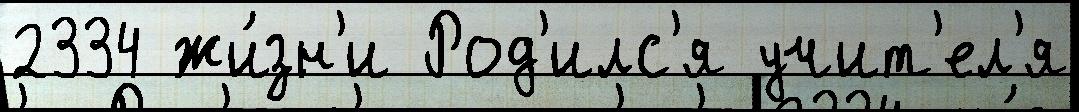
2334 жи́зн'и Род'илс'я учит'ел'я